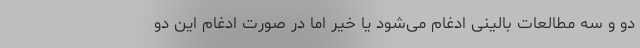
دو و سه مطالعات بالینی ادغام می‌شود یا خیر اما در صورت ادغام این دو